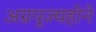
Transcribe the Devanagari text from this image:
अग्रपूज्यहोने